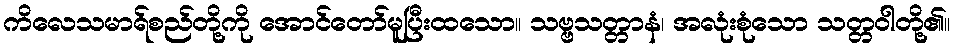
ကိလေသမာရ်စည်တို့ကို အောင်တော်မူပြီးထသော။ သဗ္ဗသတ္တာနံ၊ အလုံးစုံသော သတ္တဝါတို့၏။